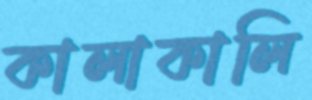
কালাকালি